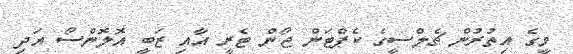
މީގެ އިތުރުން ޗެލްސީގެ ކެޕްޓަން ޖޯން ޓެރީ އާއި ޒަބީ އޮލޮންސޯ އަދި